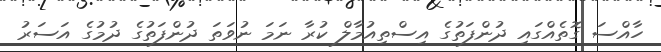
ހާއްސަ ގޮތެއްގައި ދުންފަތުގެ އިސްތިއުމާލް ކުރާ ނަމަ ނުވަތަ ދުންފަތުގެ ދުމުގެ އަސަރު